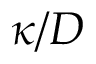
\kappa / D